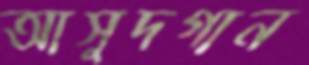
আসুদগান